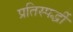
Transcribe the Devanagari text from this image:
प्रतिस्‍पर्द्धी